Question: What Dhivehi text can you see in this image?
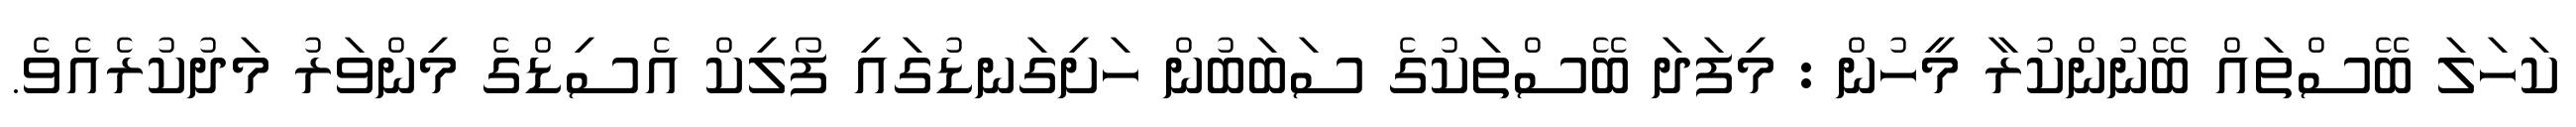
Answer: ކަހަލަ ބޭސްތައް ބޭނުންކުރާ މީހުން : މިފަދަ ބޭސްތަކުގެ ސަބަބުން ހަށިގަނޑުގައި ފޯލިކް އެސިޑްގެ މިންވަރު މަދުކުރެއެވެ.